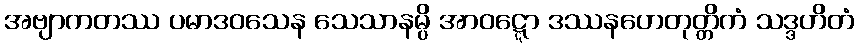
အဗျာကတဿ ပမာဒဝသေန သေသာနမ္ပိ အာဝဋ္ဋော ဒဿနဟေတုတ္တိကံ သဒ္ဒဟိတံ